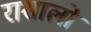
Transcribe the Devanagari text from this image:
राशालो